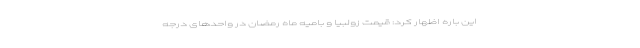
این باره اظهار کرد: قیمت زولبیا و بامیه ماه رمضان در واحدهای درجه